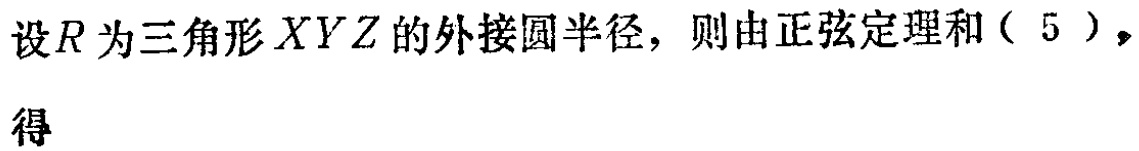
设\(R\)为三角形\(XYZ\)的外接圆半径，则由正弦定理和（\(5\)），得